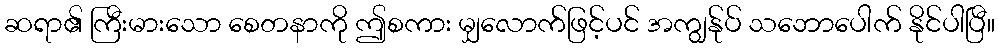
ဆရာ၏ ကြီးမားသော စေတနာကို ဤစကား မျှလောက်ဖြင့်ပင် အကျွန်ုပ် သဘောပေါက် နိုင်ပါပြီ။